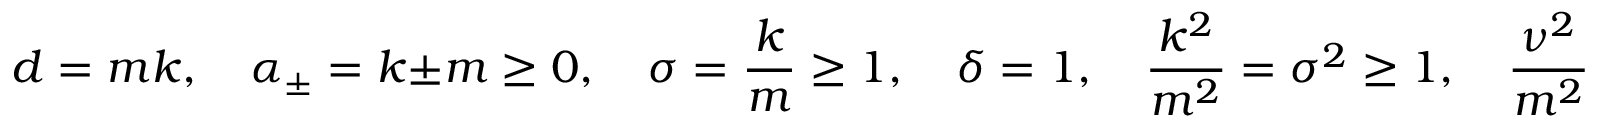
d = m k , \quad \alpha _ { \pm } = k \pm m \ge 0 , \quad \sigma = \frac { k } { m } \ge 1 , \quad \delta = 1 , \quad \frac { k ^ { 2 } } { m ^ { 2 } } = \sigma ^ { 2 } \ge 1 , \quad \frac { \nu ^ { 2 } } { m ^ { 2 } } = 0 ,